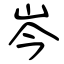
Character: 岑